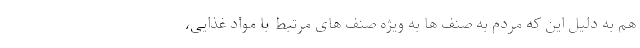
هم به دلیل این که مردم به صنف ها به ویژه صنف های مرتبط با مواد غذایی،